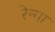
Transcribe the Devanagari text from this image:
रेन्गा